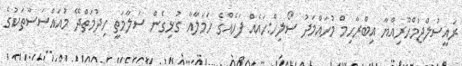
ރައީސުލްޖުމްހޫރިއްޔާ އިބްރާހިމް މުހައްމަދު ސޯލިހް:ހައެއް ފަހެއްގެ ހަމަލާއާ ގުޅިގެން ސަލާމަތީ ހިދުމަތްދޭ މުއައްސަސާތަކުގެ